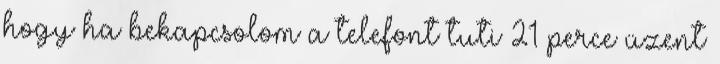
hogy ha bekapcsolom a telefont tuti 21 perce üzent